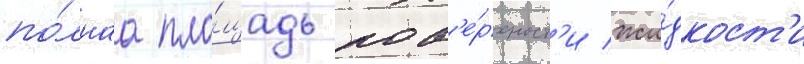
по́лнаа пло́щадь пов'е́рхност'и жи́дкост'и